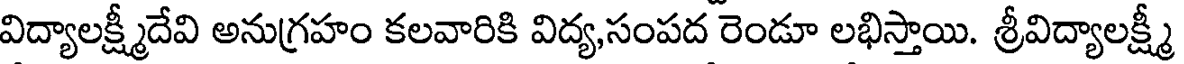
విద్యాలక్ష్మీదేవి అనుగ్రహం కలవారికి విద్య,సంపద రెండూ లభిస్తాయి. శ్రీవిద్యాలక్ష్మీ